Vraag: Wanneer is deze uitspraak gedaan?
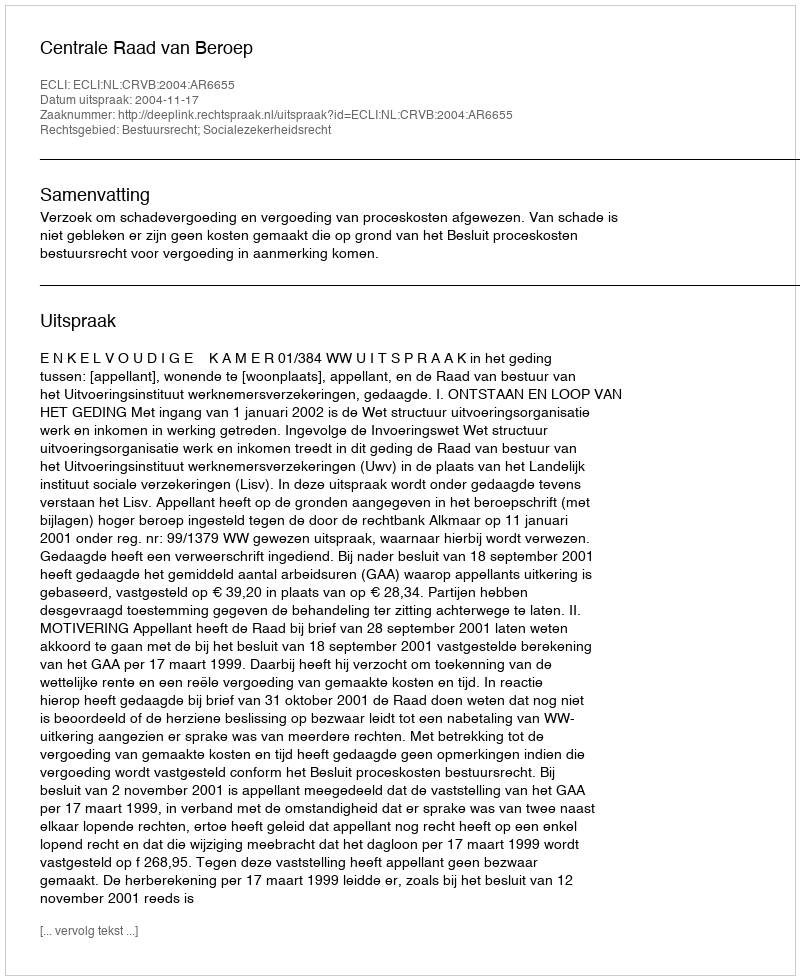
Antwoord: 2004-11-17